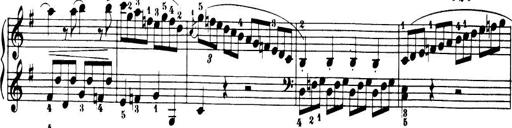
Title: 32 Sonatinas and Rondos for the Piano
Composer: Richard Kleinmichel